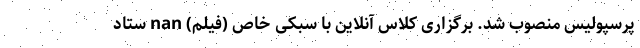
پرسپولیس منصوب شد. برگزاری کلاس آنلاین با سبکی خاص (فیلم) nan ستاد